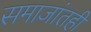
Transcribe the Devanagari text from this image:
समाजांतही